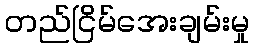
တည်ငြိမ်အေးချမ်းမှု